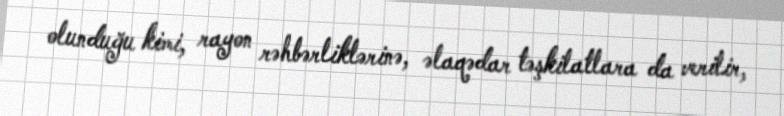
olunduğu kimi, rayon rəhbərliklərinə, əlaqədar təşkilatlara da verilir,